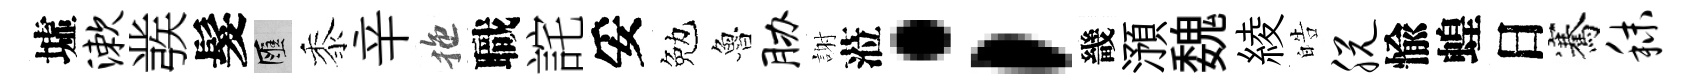
墟漱彂髮匯黍辛拖職詫妥勉魯胁謝蒞；畿澦魏綾皓脱愉蝗日騫秣